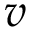
v